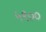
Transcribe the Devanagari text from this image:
५९००